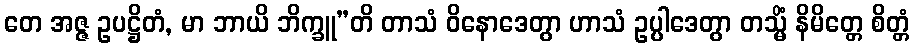
တေ အဇ္ဇ ဥပဋ္ဌိတံ, မာ ဘာယိ ဘိက္ခူ”တိ တာသံ ဝိနောဒေတွာ ဟာသံ ဥပ္ပါဒေတွာ တသ္မိံ နိမိတ္တေ စိတ္တံ